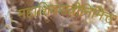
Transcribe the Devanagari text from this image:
महाशिवरात्रीनिमित्त